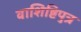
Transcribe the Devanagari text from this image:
वाशिष्टिपुत्र